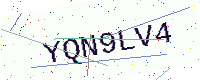
Text: YQN9LV4